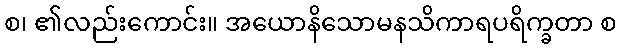
စ၊ ၏လည်းကောင်း။ အယောနိသောမနသိကာရပရိက္ခတာ စ